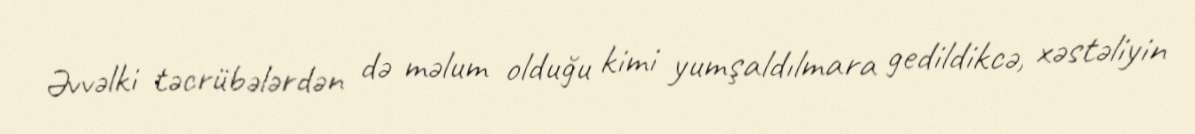
Əvvəlki təcrübələrdən də məlum olduğu kimi yumşaldılmara gedildikcə, xəstəliyin